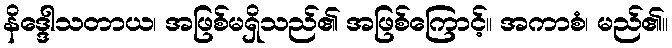
နိဒ္ဒေါသတာယ၊ အဖြစ်မရှိသည်၏ အဖြစ်ကြောင့်။ အကာစံ၊ မည်၏။